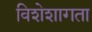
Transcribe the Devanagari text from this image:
विशेशागता